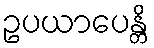
ဥပယာပေန္တိ